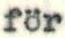
för